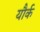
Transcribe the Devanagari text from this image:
यौर्क